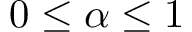
0 \leq \alpha \leq 1